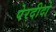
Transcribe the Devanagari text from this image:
पेरदीदो